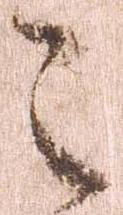
之